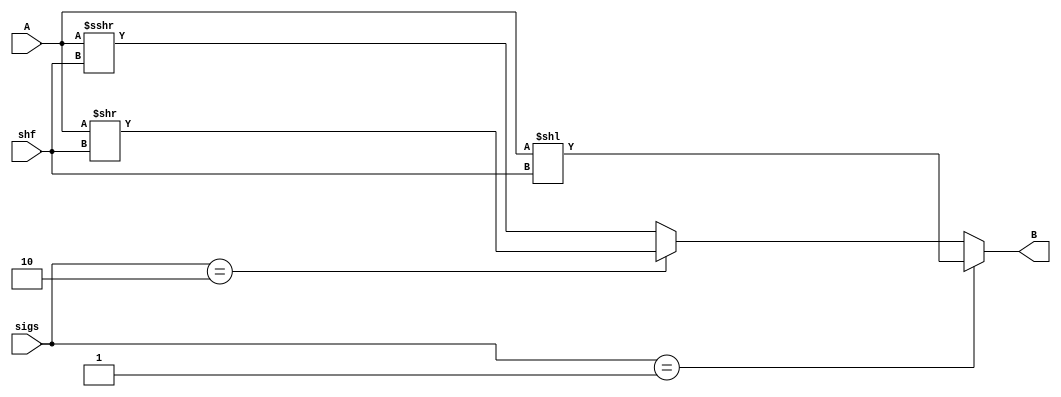
/* a shifter. Input 16 bits, shift 4 bits
  shift A by shf bits
  signal control table
  instr  s0  s1
  SLL    1   0
  SRL    0   1
  SRA    1   1  */
  

module shifter16_4(A, shf, sigs, B);
  input[15:0] A;
  input[3:0] shf;
  input[1:0] sigs;
  output[15:0] B;

  wire[15:0] sll, srl, sra;
  assign sll = A << shf;
  assign srl = A >> shf;
  assign sra = $signed(A) >>> shf; 
  assign B = (sigs == 2'b01) ? sll : ((sigs == 2'b10) ? srl : sra);
  
  
endmodule